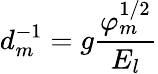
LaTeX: d_{m}^{-1}=g\frac{\varphi_{m}^{1/2}}{E_{l}}